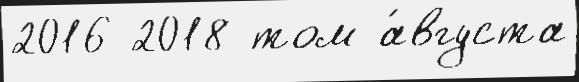
2016 2018 том а́вгуста